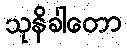
သုနိခါတော